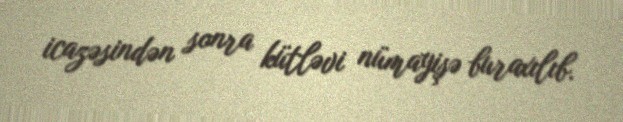
icazəsindən sonra kütləvi nümayişə buraxılıb.